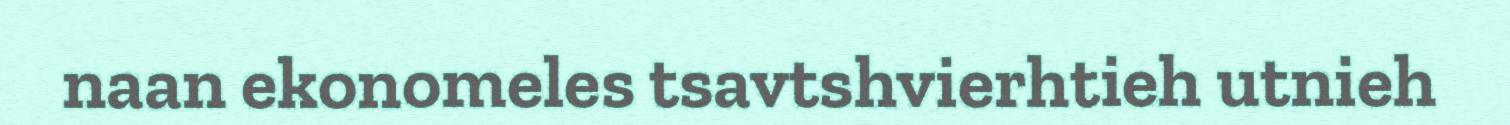
naan ekonomeles tsavtshvierhtieh utnieh